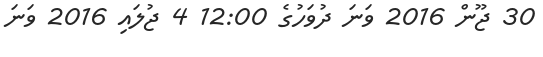
30 ޖޫން 2016 ވަނަ ދުވަހުގެ 12:00 4 ޖުލައި 2016 ވަނަ